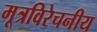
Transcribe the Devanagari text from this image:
मूत्रविरेचनीय